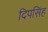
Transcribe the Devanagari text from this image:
दिपसिंह